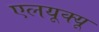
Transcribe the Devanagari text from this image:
एलयूक्यू